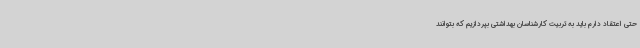
حتی اعتقاد دارم باید به تربیت کارشناسان بهداشتی بپردازیم که بتوانند